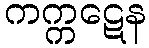
ကက္ကဋေန